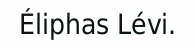
Éliphas Lévi.